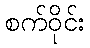
စက်ဝိုင်း